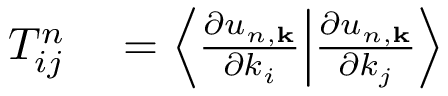
\begin{array} { r l } { T _ { i j } ^ { n } } & { { } = \Big \langle \frac { \partial u _ { n , \mathbf { k } } } { \partial k _ { i } } \Big | \frac { \partial u _ { n , \mathbf { k } } } { \partial k _ { j } } \Big \rangle } \end{array}